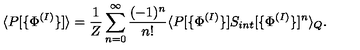
\langle P [ \{ \Phi ^ { ( I ) } \} ] \rangle = \frac { 1 } { Z } \sum _ { n = 0 } ^ { \infty } \frac { ( - 1 ) ^ { n } } { n ! } \langle P [ \{ \Phi ^ { ( I ) } \} ] S _ { i n t } [ \{ \Phi ^ { ( I ) } \} ] ^ { n } \rangle _ { Q } .